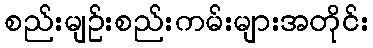
စည်းမျဉ်းစည်းကမ်းများအတိုင်း